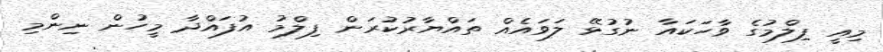
މިއީ ފިލްމުގެ ވާހަކައާ ނުގުޅޭ ލަވައެއް ތައްޔާރުކުރަން ފިލްމު އުފައްދާ މީހުން ނިންމި